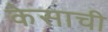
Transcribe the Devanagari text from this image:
केसाची